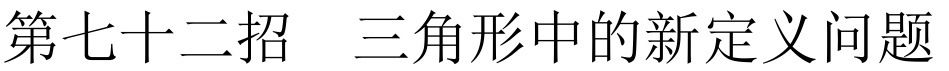
第七十二招  三角形中的新定义问题